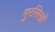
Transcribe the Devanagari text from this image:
गुरसिखों